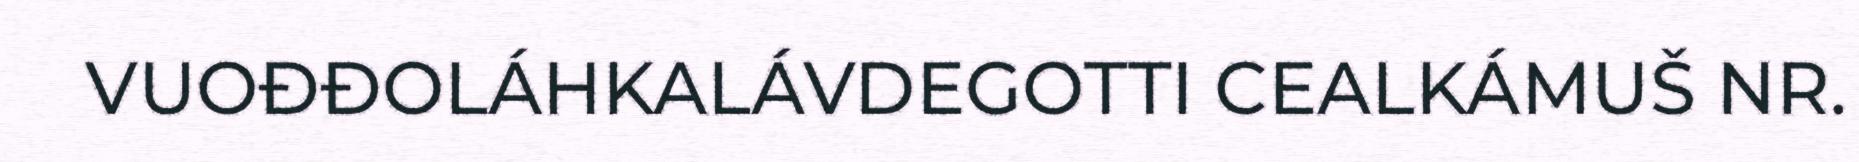
VUOĐĐOLÁHKALÁVDEGOTTI CEALKÁMUŠ NR.